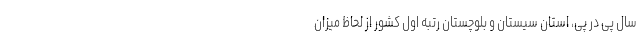
سال پی در پی، استان سیستان و بلوچستان رتبه اول کشور از لحاظ میزان